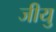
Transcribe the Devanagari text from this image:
जीयु